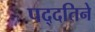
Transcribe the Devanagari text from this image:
पद्दतिने